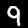
Label: 9